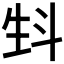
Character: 𤯘